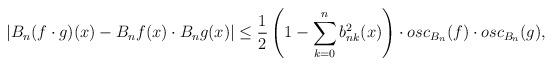
LaTeX: \begin{align*}\left|B_n(f\cdot g)(x)-B_nf(x)\cdot B_ng(x)\right|\leq\frac{1}{2}\left(1-\sum^{n}_{k=0}{b^2_{nk}(x)}\right)\cdot osc_{B_n}(f)\cdot osc_{B_n}(g),\end{align*}